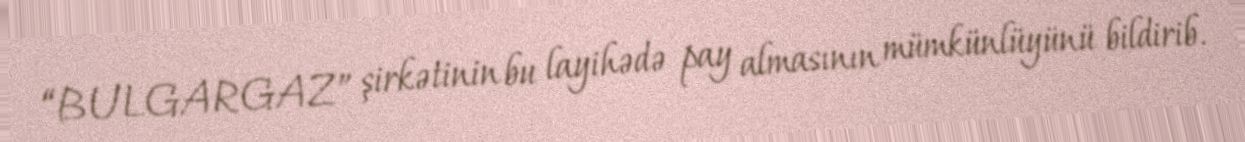
“BULGARGAZ” şirkətinin bu layihədə pay almasının mümkünlüyünü bildirib.